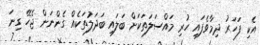
އެކި ފަހަރު ދިމާވެފައި ހުރި މައްސަލަތަކަށް ބަލައި ބަދަލުތަކެއް ގެންނަން ޖެހޭ ގިނަ